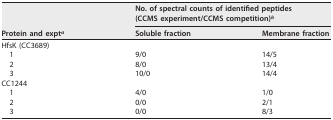
<table><thead><tr><td rowspan="2"><b>Protein and expt<sup>a</sup></b></td><td colspan="2"><b>No. of spectral counts of identified peptides (CCMS experiment/CCMS competition)<sup>b</sup></b></td></tr><tr><td><b>Soluble fraction</b></td><td><b>Membrane fraction</b></td></tr></thead><tbody><tr><td>HfsK (CC3689)</td><td></td><td></td></tr><tr><td>1</td><td>9/0</td><td>14/5</td></tr><tr><td>2</td><td>8/0</td><td>13/4</td></tr><tr><td>3</td><td>10/0</td><td>14/4</td></tr><tr><td>CC1244</td><td></td><td></td></tr><tr><td>1</td><td>4/0</td><td>1/0</td></tr><tr><td>2</td><td>0/0</td><td>2/1</td></tr><tr><td>3</td><td>0/0</td><td>8/3</td></tr></tbody></table>